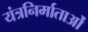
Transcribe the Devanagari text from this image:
यंत्रनिर्माताओं